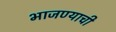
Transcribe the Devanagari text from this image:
भाजण्याची